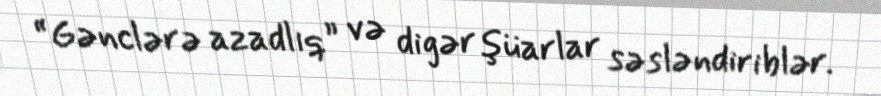
“Gənclərə azadlıq” və digər şüarlar səsləndiriblər.